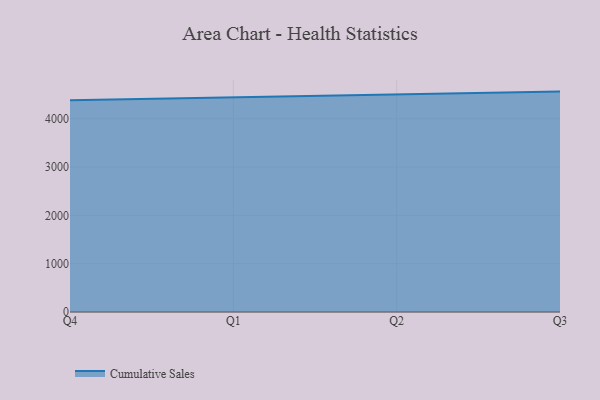
{"axis": {"x": "Quarter", "y": "Energy Usage (MWh)"}, "legend": ["Cumulative Sales"], "data": [{"x": "Q4", "y": 4382.3, "type": "Cumulative Sales"}, {"x": "Q1", "y": 4445.1, "type": "Cumulative Sales"}, {"x": "Q2", "y": 4500.2, "type": "Cumulative Sales"}, {"x": "Q3", "y": 4563.4, "type": "Cumulative Sales"}]}